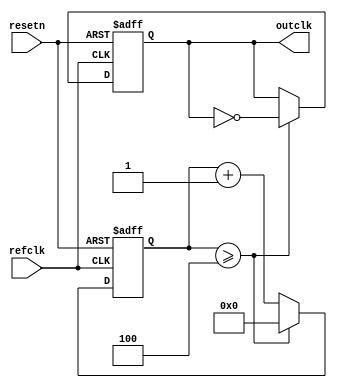
module clock_n_creator(refclk, resetn, outclk);
	input      refclk, resetn;
	output reg outclk;
	reg [31:0] counter;
	parameter N = 10;

	initial begin
		counter <= 0;
		outclk <= 0;
	end

	always @(posedge refclk or negedge resetn) begin
		if (!resetn) begin
			counter <= 0;
			outclk <= 0;
		end
		else begin
			if (counter >= N / 2 - 1) begin
				counter <= 0;
				outclk <= ~outclk;
			end
			else
				counter <= counter + 1;
		end
	end
endmodule